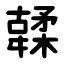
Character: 䂋